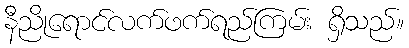
နီညိုရောင်လက်ဖက်ရည်ကြမ်း ရှိသည်။